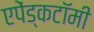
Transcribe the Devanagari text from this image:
एपेंड्कटॉमी